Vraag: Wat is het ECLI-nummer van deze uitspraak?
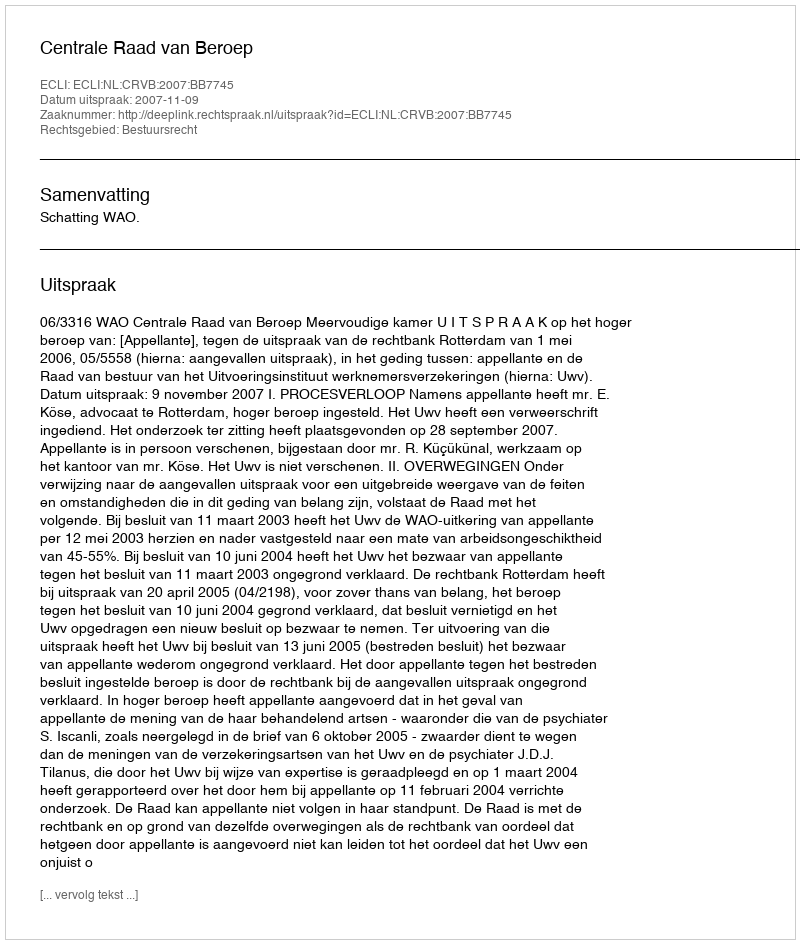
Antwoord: ECLI:NL:CRVB:2007:BB7745